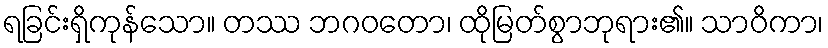
ရခြင်းရှိကုန်သော။ တဿ ဘဂဝတော၊ ထိုမြတ်စွာဘုရား၏။ သာဝိကာ၊